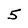
Character: 5